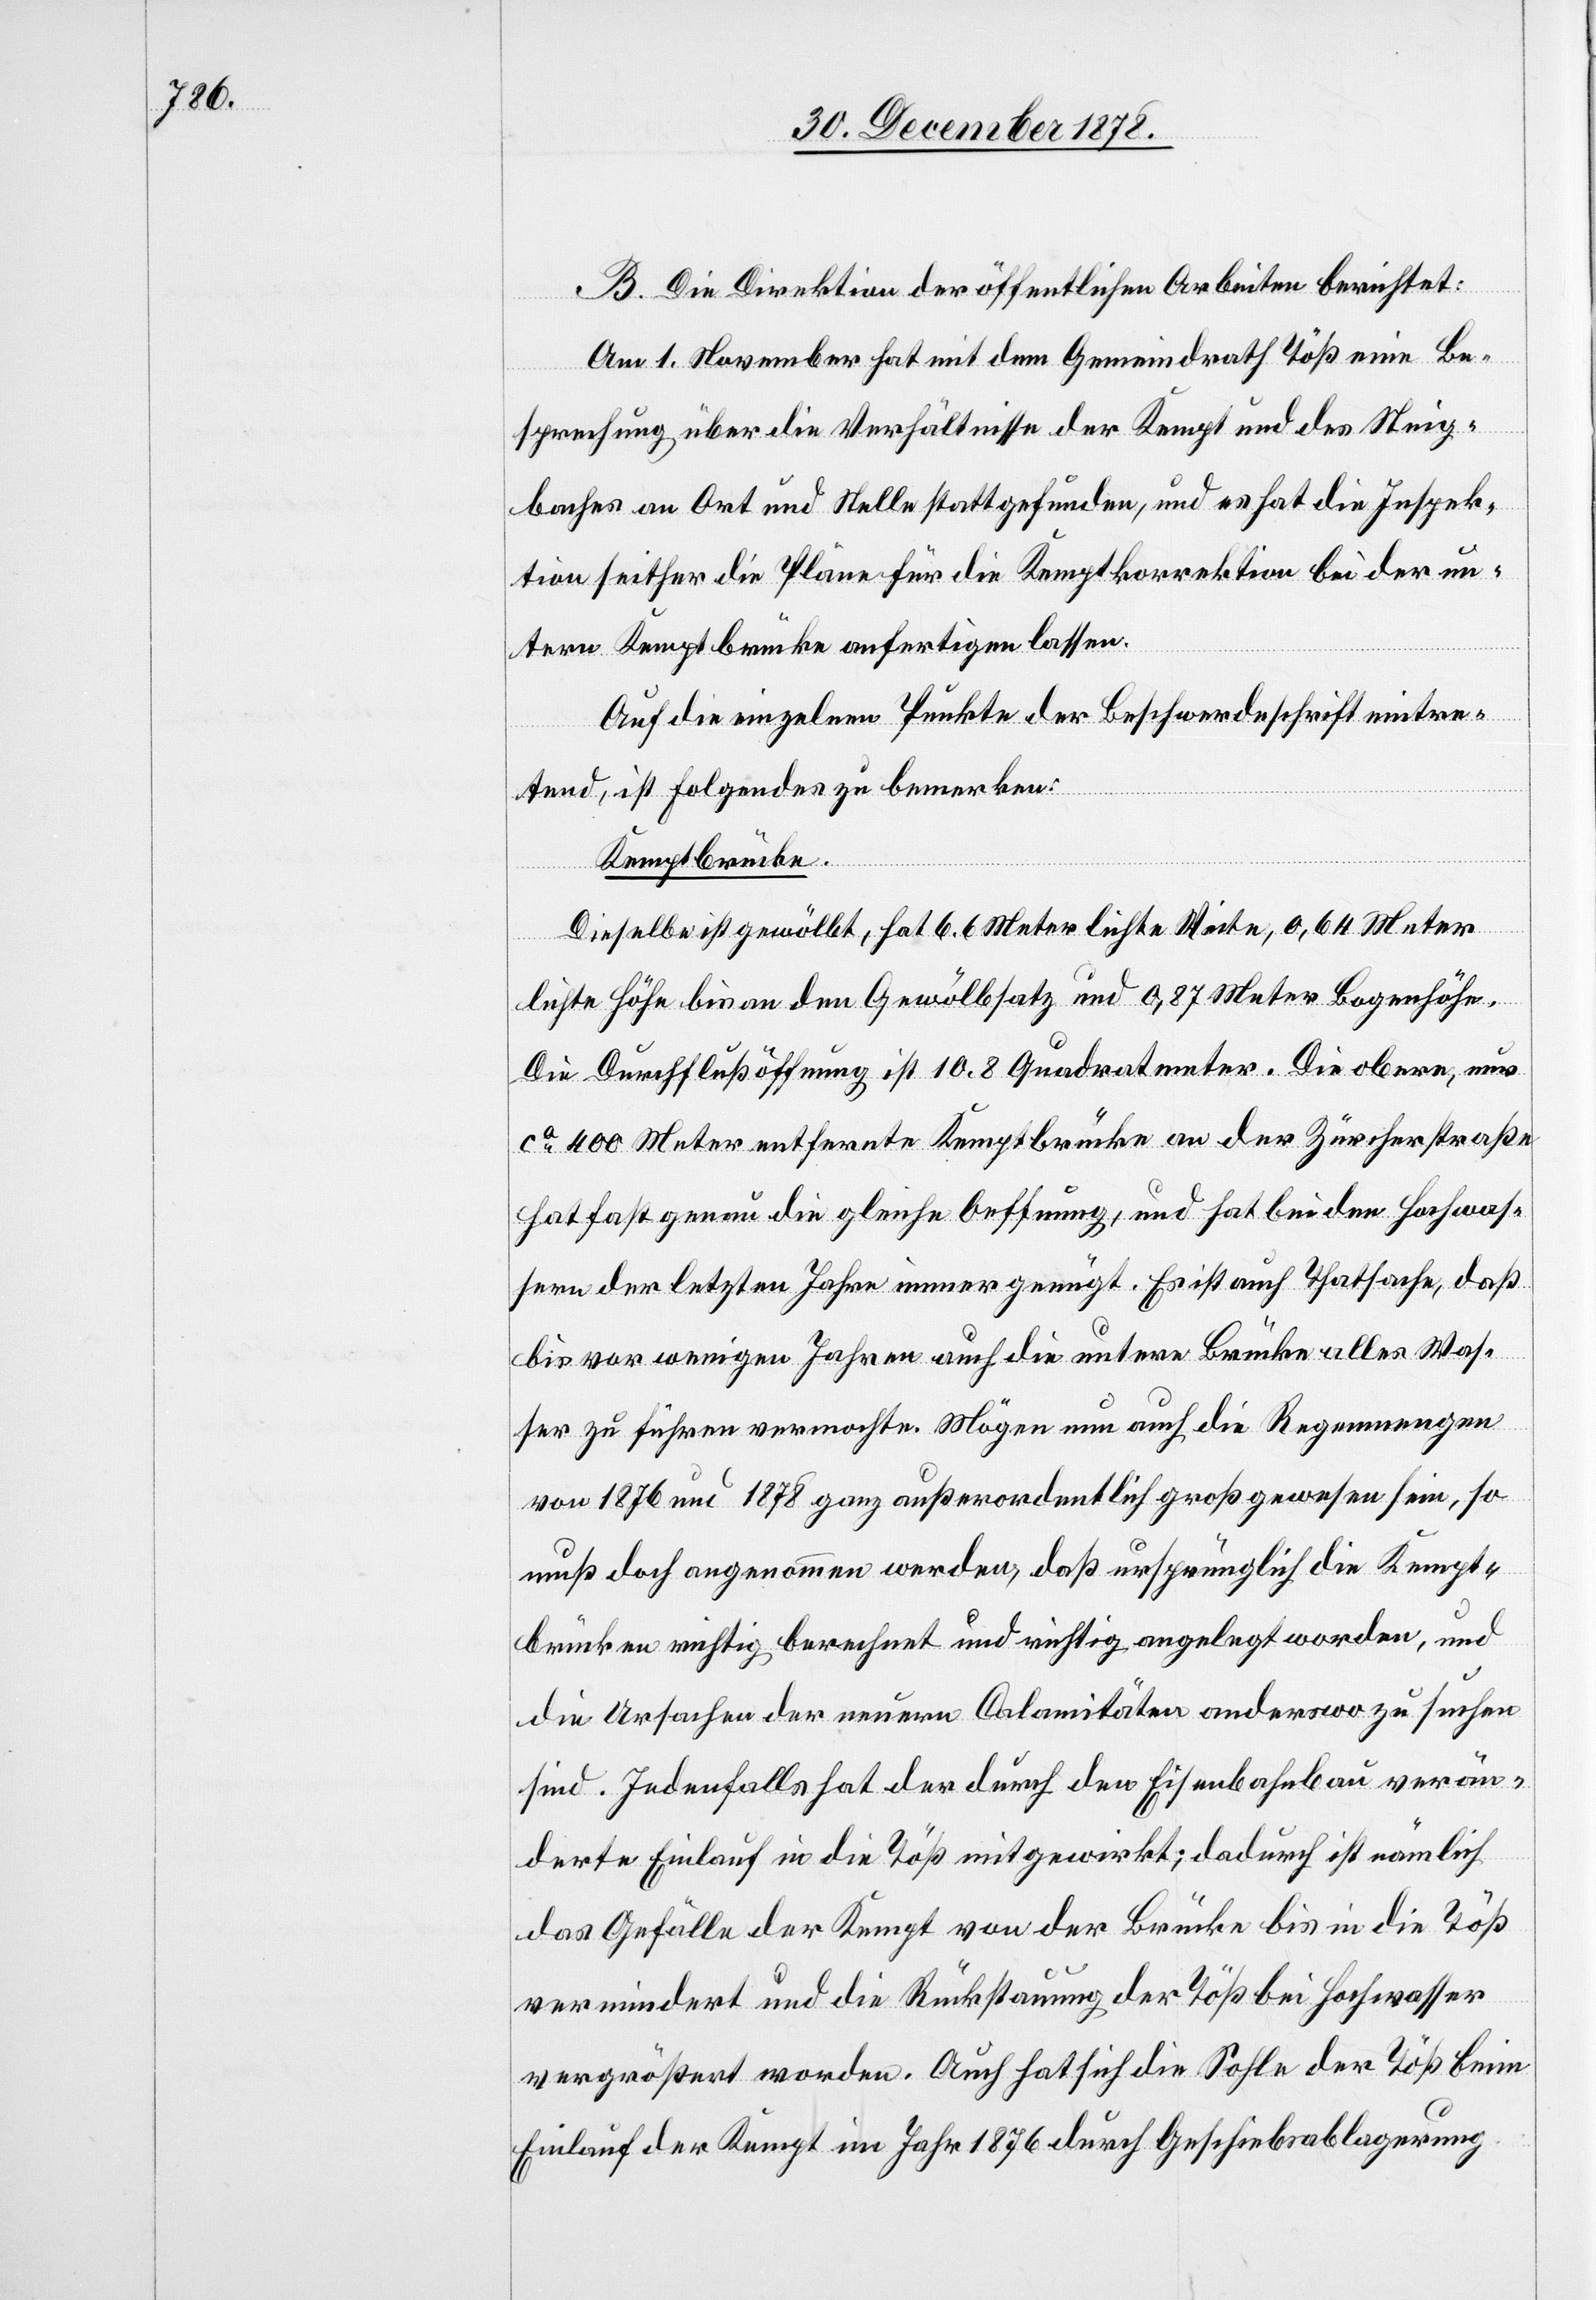
B. Die Direktion der öffentlichen Arbeiten berichtet:
Am 1. November hat mit dem Gemeindrath Töß eine Be¬
sprechung über die Verhältnisse der Kempt und des Steig¬
baches an Ort und Stelle stattgefunden, und es hat die Inspek¬
tion seither die Pläne für die Kemptkorrektion bei der un¬
tern Kemptbrücke anfertigen lassen.
Auf die einzelnen Punkte der Beschwerdeschrift eintre¬
tend, ist folgendes zu bemerken:
Kemptbrücke.
Dieselbe ist gewölbt, hat 6,6 Meter lichte Weite, 0,64 Meter
lichte Höhe bis an den Gewölbsatz und 0,87 Meter Bogenhöhe.
Die Durchflußöffnung ist 10,8 Quadratmeter. Die obere, nur
ca 400 Meter entfernte Kemptbrücke an der Zürcherstraße
hat fast genau die gleiche Oeffnung, und hat bei den Hochwas¬
sern der letzten Jahre immer genügt. Es ist auch Thatsache, daß
bis vor wenigen Jahren auch die untere Brücke alles Was¬
ser zu führen vermochte. Mögen nun auch die Regenmengen
von 1876 und 1878 ganz außerordentlich groß gewesen sein, so
muß doch angenommen werden, daß ursprünglich die Kempt¬
brücke richtig berechnet und richtig angelegt worden, und
die Ursachen der neuen Calamitäten anderswo zu suchen
sind. Jedenfalls hat der durch den Eisenbahnbau verän¬
derte Einlauf in die Töß mitgewirkt; dadurch ist nämlich
das Gefälle der Kempt von der Brücke bis in die Töß
vermindert und die Rückstauung der Töß bei Hochwasser
vergrößert worden. Auch hat sich die Sohle der Töß beim
Einlauf der Kempt im Jahr 1876 durch Geschiebeablagerung